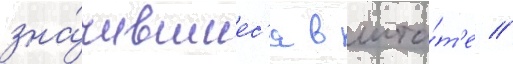
зна́чившиес'я в шта́т'е //